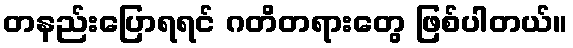
တနည်းပြောရရင် ဂတိတရားတွေ ဖြစ်ပါတယ်။